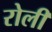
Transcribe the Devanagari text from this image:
रोलीं